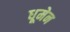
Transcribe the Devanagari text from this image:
धूमेन